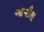
આવીશ